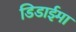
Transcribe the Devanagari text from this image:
डिडाईमा